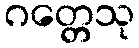
ဂတ္တေသု